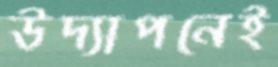
উদ্যাপনেই